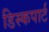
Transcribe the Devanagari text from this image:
डिस्कपार्ट